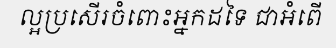
ល្អប្រសើរចំពោះអ្នកដទៃ ជាអំពើ